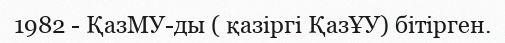
1982 - ҚазМУ-ды ( қазіргі ҚазҰУ) бітірген.